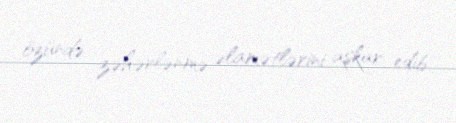
özündə zəhərlənmə əlamətlərini aşkar edib.